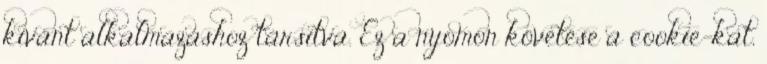
kívánt alkalmazáshoz társítva. Ez a nyomon követése a cookie-kat,